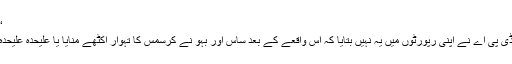
‘‘
ڈی پی اے نے اپنی رپورٹوں میں یہ نہیں بتایا کہ اس واقعے کے بعد ساس اور بہو نے کرسمس کا تہوار اکٹھے منایا یا علیحدہ علیحدہ۔